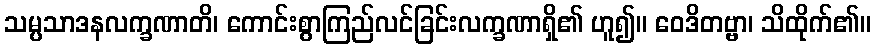
သမ္ပသာဒနလက္ခဏာတိ၊ ကောင်းစွာကြည်လင်ခြင်းလက္ခဏာရှိ၏ ဟူ၍။ ဝေဒိတဗ္ဗာ၊ သိထိုက်၏။